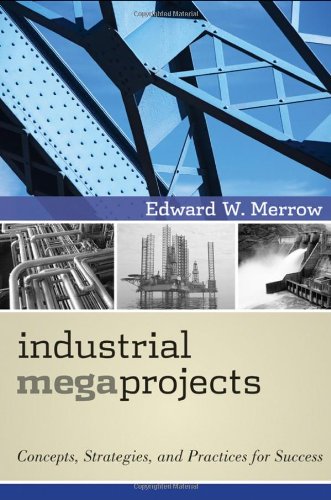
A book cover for Industrial Megaprojects: Concepts, Strategies, and Practices for Success; Edward W. Merrow; Business & Money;